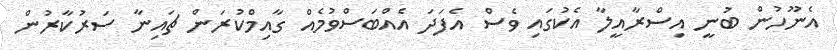
އެނޫހުން ބުނީ އިސްރާއީލާ އެކުގައި ވެސް އެފަދަ އެއްބަސްވުމެއް ގާއިމްކުރަން ޗައިނާ ސަރުކާރުން